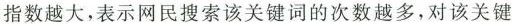
指数越大，表示网民搜索该关键词的次数越多，对该关键